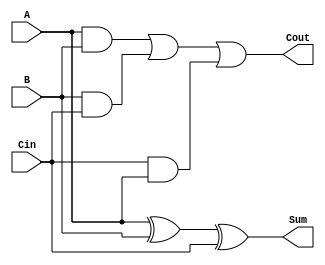
module fadder (A, B, Cin, Sum, Cout);
    input A, B;
    input Cin;
    output Sum;
    output Cout;
    wire t1,t2,t3,t4;
  xor x1(t1,A,B);
  xor x2(Sum,t1,Cin);
  and g1(t2,A,B);
  and g2(t3,B,Cin);
  and g3(t4,Cin,A);
  or  g4(Cout,t2,t3,t4);  
endmodule